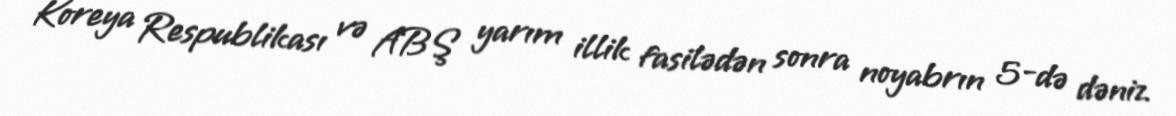
Koreya Respublikası və ABŞ yarım illik fasilədən sonra noyabrın 5-də dəniz